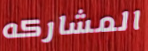
المشاركه